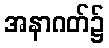
အနာဂတ်၌